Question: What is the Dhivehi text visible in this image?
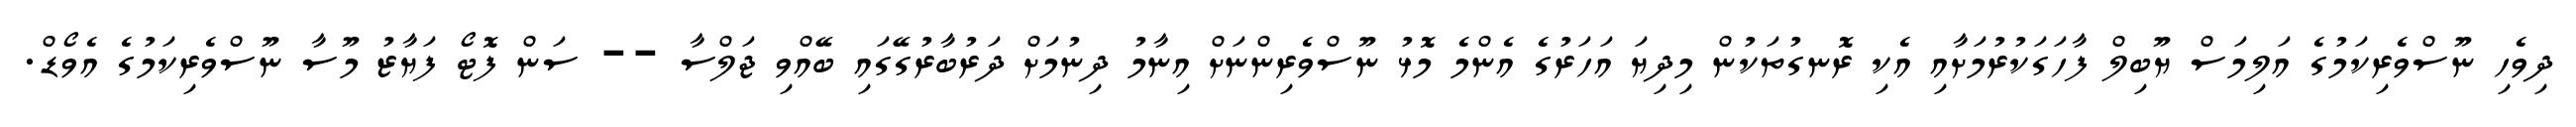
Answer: ދިވެހި ނޫސްވެރިކަމުގެ އަލިމަސް ޔޫބިލް ފާހަގަކުރުމަށާއި އެކި ރޮނގުތަކުން މިދިޔަ އަހަރުގެ އެންމެ މޮޅު ނޫސްވެރިންނަށް އިނާމު ދިނުމަށް ދަރުބާރުގޭގައި ބޭއްވި ޖަލްސާ -- ސަން ފޮޓޯ ފަޔާޒު މޫސާ ނޫސްވެރިކަމުގެ އެވޯޑް.